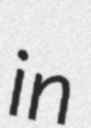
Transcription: in